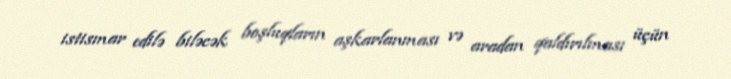
istismar edilə biləcək boşluqların aşkarlanması və aradan qaldırılması üçün